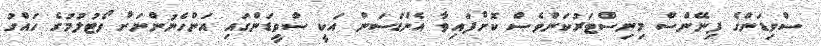
ސްވިޑަންގެ ފިނޭންސް މިނިސްޓަރުކަންވެސް ކޮށްފައިވާ އެންޑަސަން އަކީ ސްވީޑަންގައި އަންހެނުންނަށް ވޯޓުލުމުގެ ހައްގު